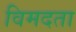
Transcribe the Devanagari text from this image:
विमदता